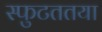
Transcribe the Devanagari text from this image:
स्फुटततया